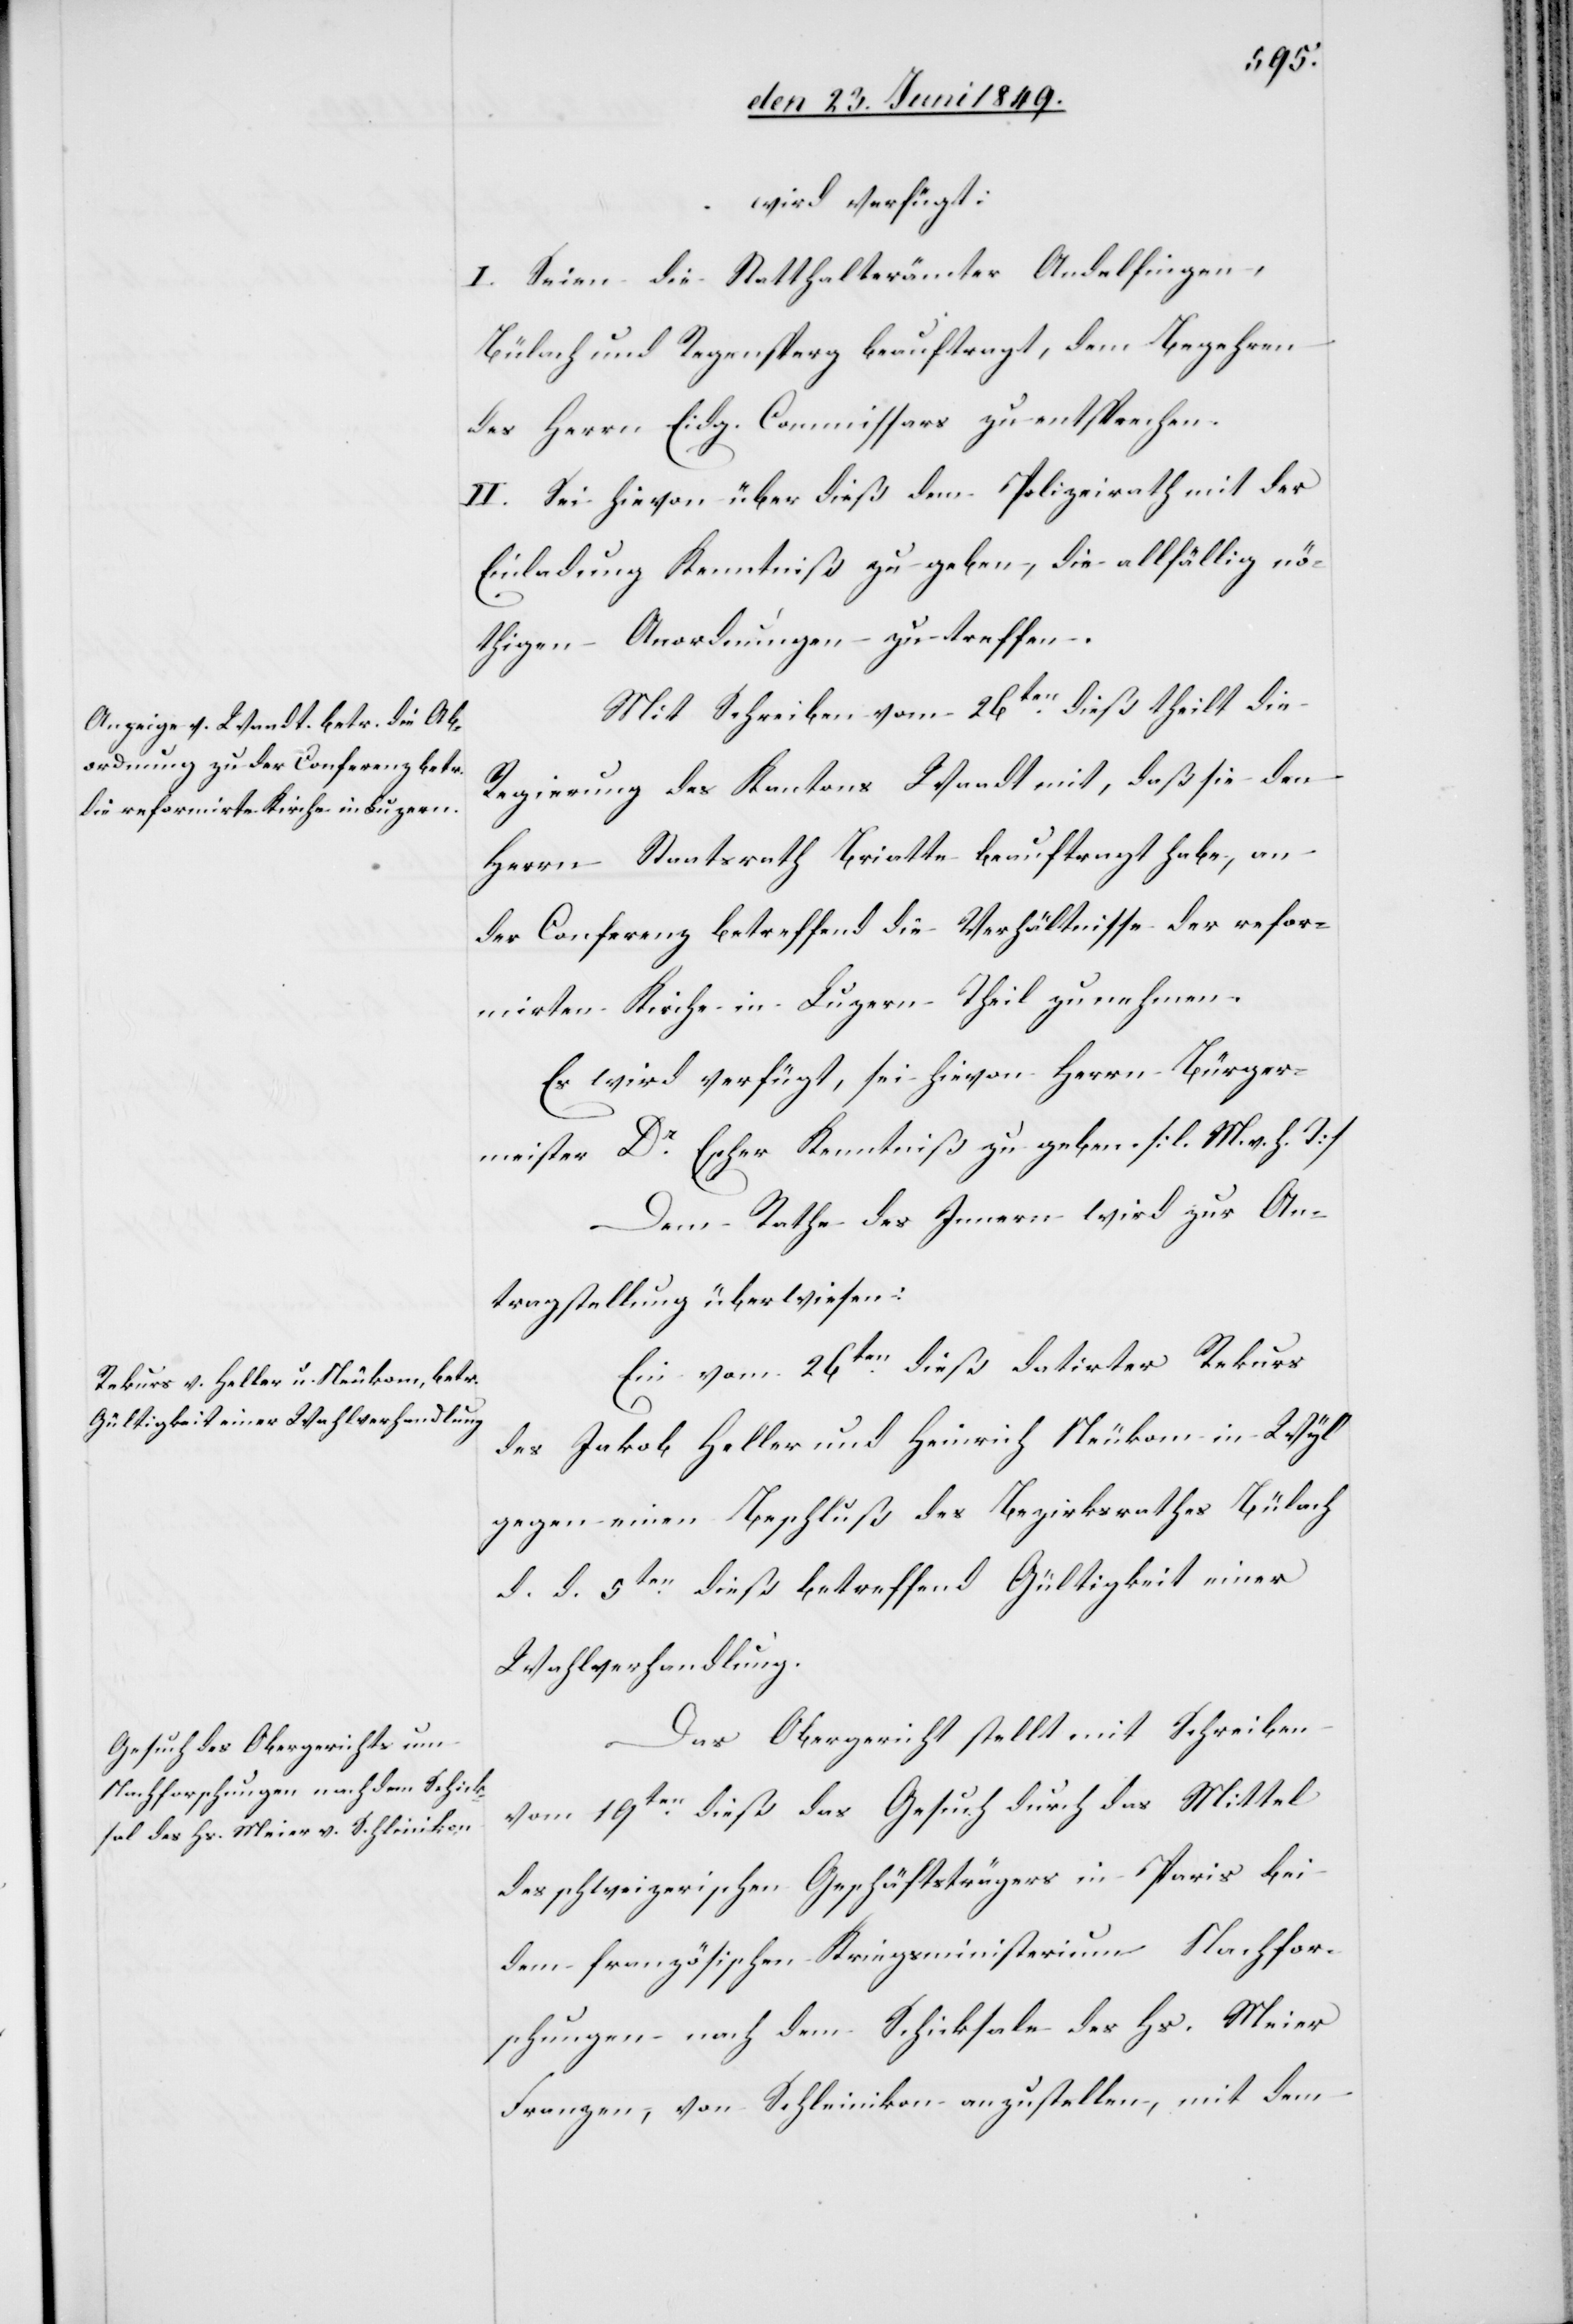
den 28. Juni 1849.]
wird verfügt:
I. Seien die Statthalterämter Andelfingen,
Bülach und Regensperg beauftragt, dem Begehren
des Herrn Eidg. Commissars zu entsprechen.
II. Sei hievon über dieß dem Polizeirath mit der
Einladung Kenntniß zu geben, die allfällig nö¬
thigen Anordnungen zu treffen.
Mit Schreiben vom 26ten dieß theilt die
Regierung des Kantons Waadt mit, daß sie den
Herrn Staatsrath Briatte beauftragt habe, an
der Conferenz betreffend die Verhältnisse der refor¬
mirten Kirche in Luzern Theil zu nehmen.
Es wird verfügt, sei hievon Herrn Bürger¬
meister Dr Escher Kenntniß zu geben [l. M. h. T][.]
Dem Rathe des Innern wird zur An¬
tragstellung überwiesen:
Ein vom 26ten dieß datirter Rekurs
des Jakob Heller und Heinrich Neukom in Wyl
gegen einen Beschluß des Bezirksrathes Bülach
d. d. 5ten dieß betreffend Gültigkeit einer
Wahlverhandlung.
Das Obergericht stellt mit Schreiben
vom 19ten dieß das Gesuch durch das Mittel
des schweizerischen Geschäftsträgers in Paris bei
dem französischen Kriegsministerium Nachfor¬
schungen nach dem Schicksale des Hs. Meier
Franzen, von Schleinikon anzustellen, mit dem